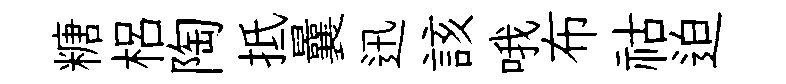
糖梠陶抵曩迅該哦布祜迫